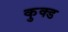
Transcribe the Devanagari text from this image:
कुक्ड